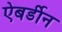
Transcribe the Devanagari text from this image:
ऐबर्डीन